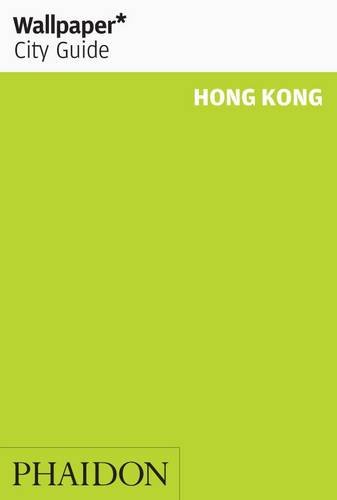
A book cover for Wallpaper* City Guide Hong Kong (Wallpaper City Guides); Travel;